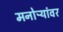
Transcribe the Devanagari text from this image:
मनोऱ्यांवर